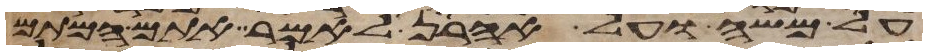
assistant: על משה ועל אהרן לאמר אתם המתם